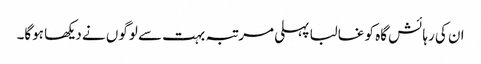
ان کی رہائش گاہ کو غالبا پہلی مرتبہ بہت سے لوگوں نے دیکھا ہوگا۔